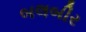
બલબીર